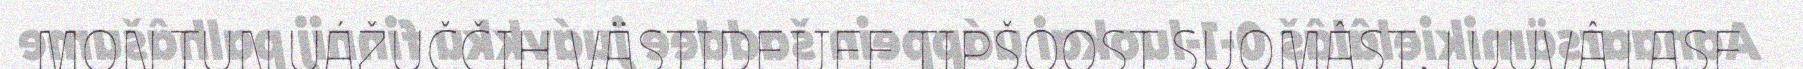
MON TUN UÁŽUČČIH VÄSTIDEIJEE TIPŠOOST SUOMÂST. LUUVÂ LASE